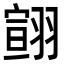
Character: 翧